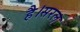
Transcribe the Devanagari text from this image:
है।सरल